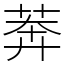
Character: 莾